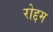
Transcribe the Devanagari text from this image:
रोद्दम